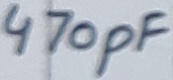
Text: 470pF